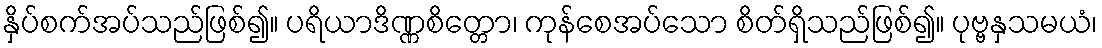
နှိပ်စက်အပ်သည်ဖြစ်၍။ ပရိယာဒိဏ္ဏစိတ္တော၊ ကုန်စေအပ်သော စိတ်ရှိသည်ဖြစ်၍။ ပုဗ္ဗနှသမယံ၊